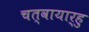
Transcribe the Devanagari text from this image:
चत्वायार्हु